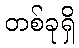
တစ်ခုရှိ